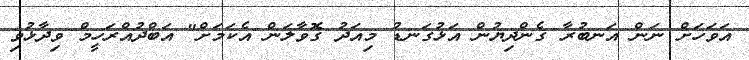
އަވަހަށް ނަން އަނބުރާ ގެންދިޔުން އަޅުގަނޑު މިއަދު ގޮވާލަން އެކަމަށް" އަބްދުއްރަހީމް ވިދާޅުވި